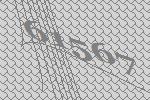
61567